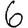
Digit: 6